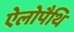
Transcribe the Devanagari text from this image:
ऐलोपैथि